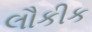
લૌકીક